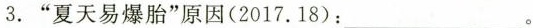
3.”夏天易爆胎”原因(2017.18)：________。